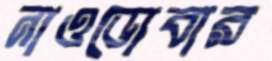
নাওডোবার